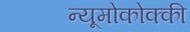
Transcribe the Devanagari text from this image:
न्यूमोकोक्की